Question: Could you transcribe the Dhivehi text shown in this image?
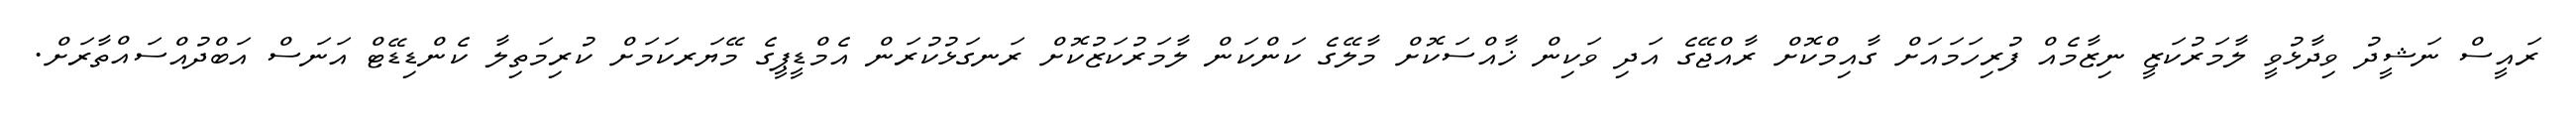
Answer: ރައީސް ނަޝީދު ވިދާޅުވީ ލާމަރުކަޒީ ނިޒާމެއް ފުރިހަމައަށް ގާއިމްކޮށް ރާއްޖޭގެ އަދި ވަކިން ޚާއްސަކޮށް މާލޭގެ ކަންކަން ލާމަރުކަޒުކޮށް ރަނގަޅުކުރަން އެމްޑީޕީގެ މޭޔަރކަމަށް ކުރިމަތިލާ ކެންޑިޑޭޓް އަނަސް އަބްދުއްސައްތާރަށް.